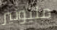
مليونير